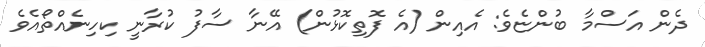
ދެން އަސްމާ ބުންޏެވެ: އެއިން (އެ ފޮތިކޮޅުން) އޭނާ ސާފު ކުރާނީ ކިހިނެއްތޯއެވެ